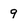
Character: 9